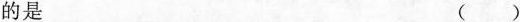
的是 （）